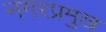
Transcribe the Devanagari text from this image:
नगरप्रमुख